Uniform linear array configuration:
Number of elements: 32
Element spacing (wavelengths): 0.25
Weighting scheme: blackman
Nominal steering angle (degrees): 45
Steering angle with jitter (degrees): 46.156
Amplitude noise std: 0.05
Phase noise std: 0.05

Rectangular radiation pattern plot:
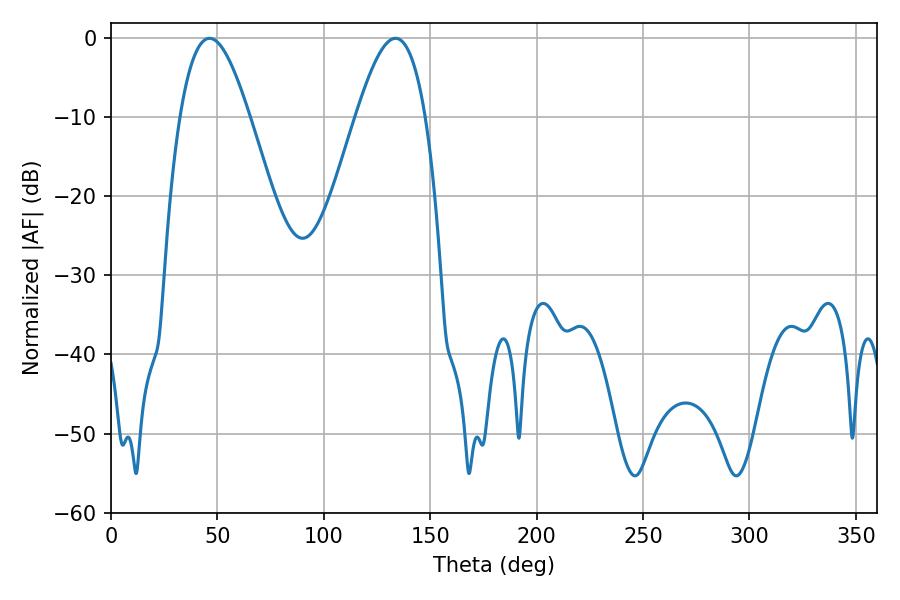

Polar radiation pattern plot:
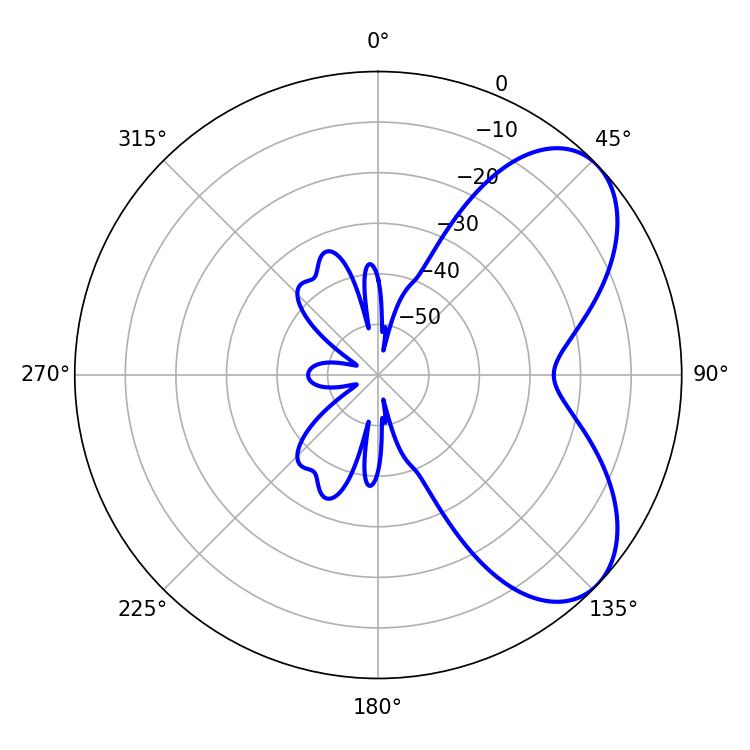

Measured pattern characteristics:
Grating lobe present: FALSE
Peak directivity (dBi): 6.065
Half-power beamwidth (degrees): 17.64
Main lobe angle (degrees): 46.26